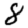
Digit: 8